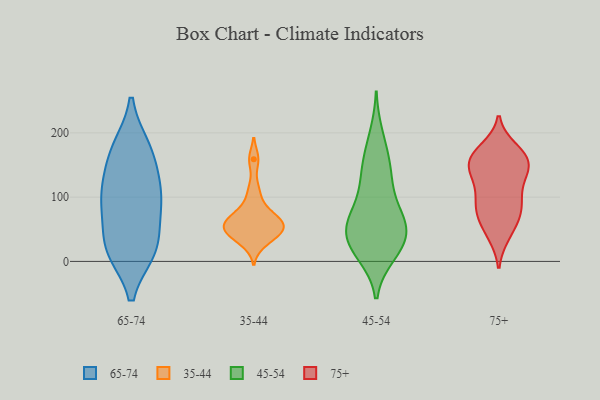
{"axis": {"x": "Tickets Resolved", "y": "Value"}, "legend": ["35-44", "45-54", "65-74", "75+"], "data": [{"x": "", "y": 120, "type": "65-74"}, {"x": "", "y": 89, "type": "65-74"}, {"x": "", "y": 18, "type": "65-74"}, {"x": "", "y": 19, "type": "65-74"}, {"x": "", "y": 21, "type": "65-74"}, {"x": "", "y": 161, "type": "65-74"}, {"x": "", "y": 175, "type": "65-74"}, {"x": "", "y": 112, "type": "65-74"}, {"x": "", "y": 21, "type": "65-74"}, {"x": "", "y": 77, "type": "65-74"}, {"x": "", "y": 94, "type": "65-74"}, {"x": "", "y": 176, "type": "65-74"}, {"x": "", "y": 43, "type": "35-44"}, {"x": "", "y": 64, "type": "35-44"}, {"x": "", "y": 42, "type": "35-44"}, {"x": "", "y": 50, "type": "35-44"}, {"x": "", "y": 159, "type": "35-44"}, {"x": "", "y": 28, "type": "35-44"}, {"x": "", "y": 57, "type": "35-44"}, {"x": "", "y": 56, "type": "35-44"}, {"x": "", "y": 82, "type": "35-44"}, {"x": "", "y": 110, "type": "35-44"}, {"x": "", "y": 69, "type": "35-44"}, {"x": "", "y": 168, "type": "45-54"}, {"x": "", "y": 15, "type": "45-54"}, {"x": "", "y": 61, "type": "45-54"}, {"x": "", "y": 196, "type": "45-54"}, {"x": "", "y": 84, "type": "45-54"}, {"x": "", "y": 50, "type": "45-54"}, {"x": "", "y": 132, "type": "45-54"}, {"x": "", "y": 61, "type": "45-54"}, {"x": "", "y": 129, "type": "45-54"}, {"x": "", "y": 146, "type": "45-54"}, {"x": "", "y": 91, "type": "45-54"}, {"x": "", "y": 25, "type": "45-54"}, {"x": "", "y": 18, "type": "45-54"}, {"x": "", "y": 11, "type": "45-54"}, {"x": "", "y": 51, "type": "45-54"}, {"x": "", "y": 41, "type": "45-54"}, {"x": "", "y": 50, "type": "45-54"}, {"x": "", "y": 175, "type": "75+"}, {"x": "", "y": 153, "type": "75+"}, {"x": "", "y": 150, "type": "75+"}, {"x": "", "y": 87, "type": "75+"}, {"x": "", "y": 137, "type": "75+"}, {"x": "", "y": 41, "type": "75+"}, {"x": "", "y": 105, "type": "75+"}, {"x": "", "y": 73, "type": "75+"}, {"x": "", "y": 169, "type": "75+"}, {"x": "", "y": 144, "type": "75+"}, {"x": "", "y": 128, "type": "75+"}, {"x": "", "y": 129, "type": "75+"}, {"x": "", "y": 96, "type": "75+"}, {"x": "", "y": 159, "type": "75+"}, {"x": "", "y": 62, "type": "75+"}, {"x": "", "y": 85, "type": "75+"}, {"x": "", "y": 77, "type": "75+"}, {"x": "", "y": 164, "type": "75+"}, {"x": "", "y": 165, "type": "75+"}, {"x": "", "y": 43, "type": "75+"}]}